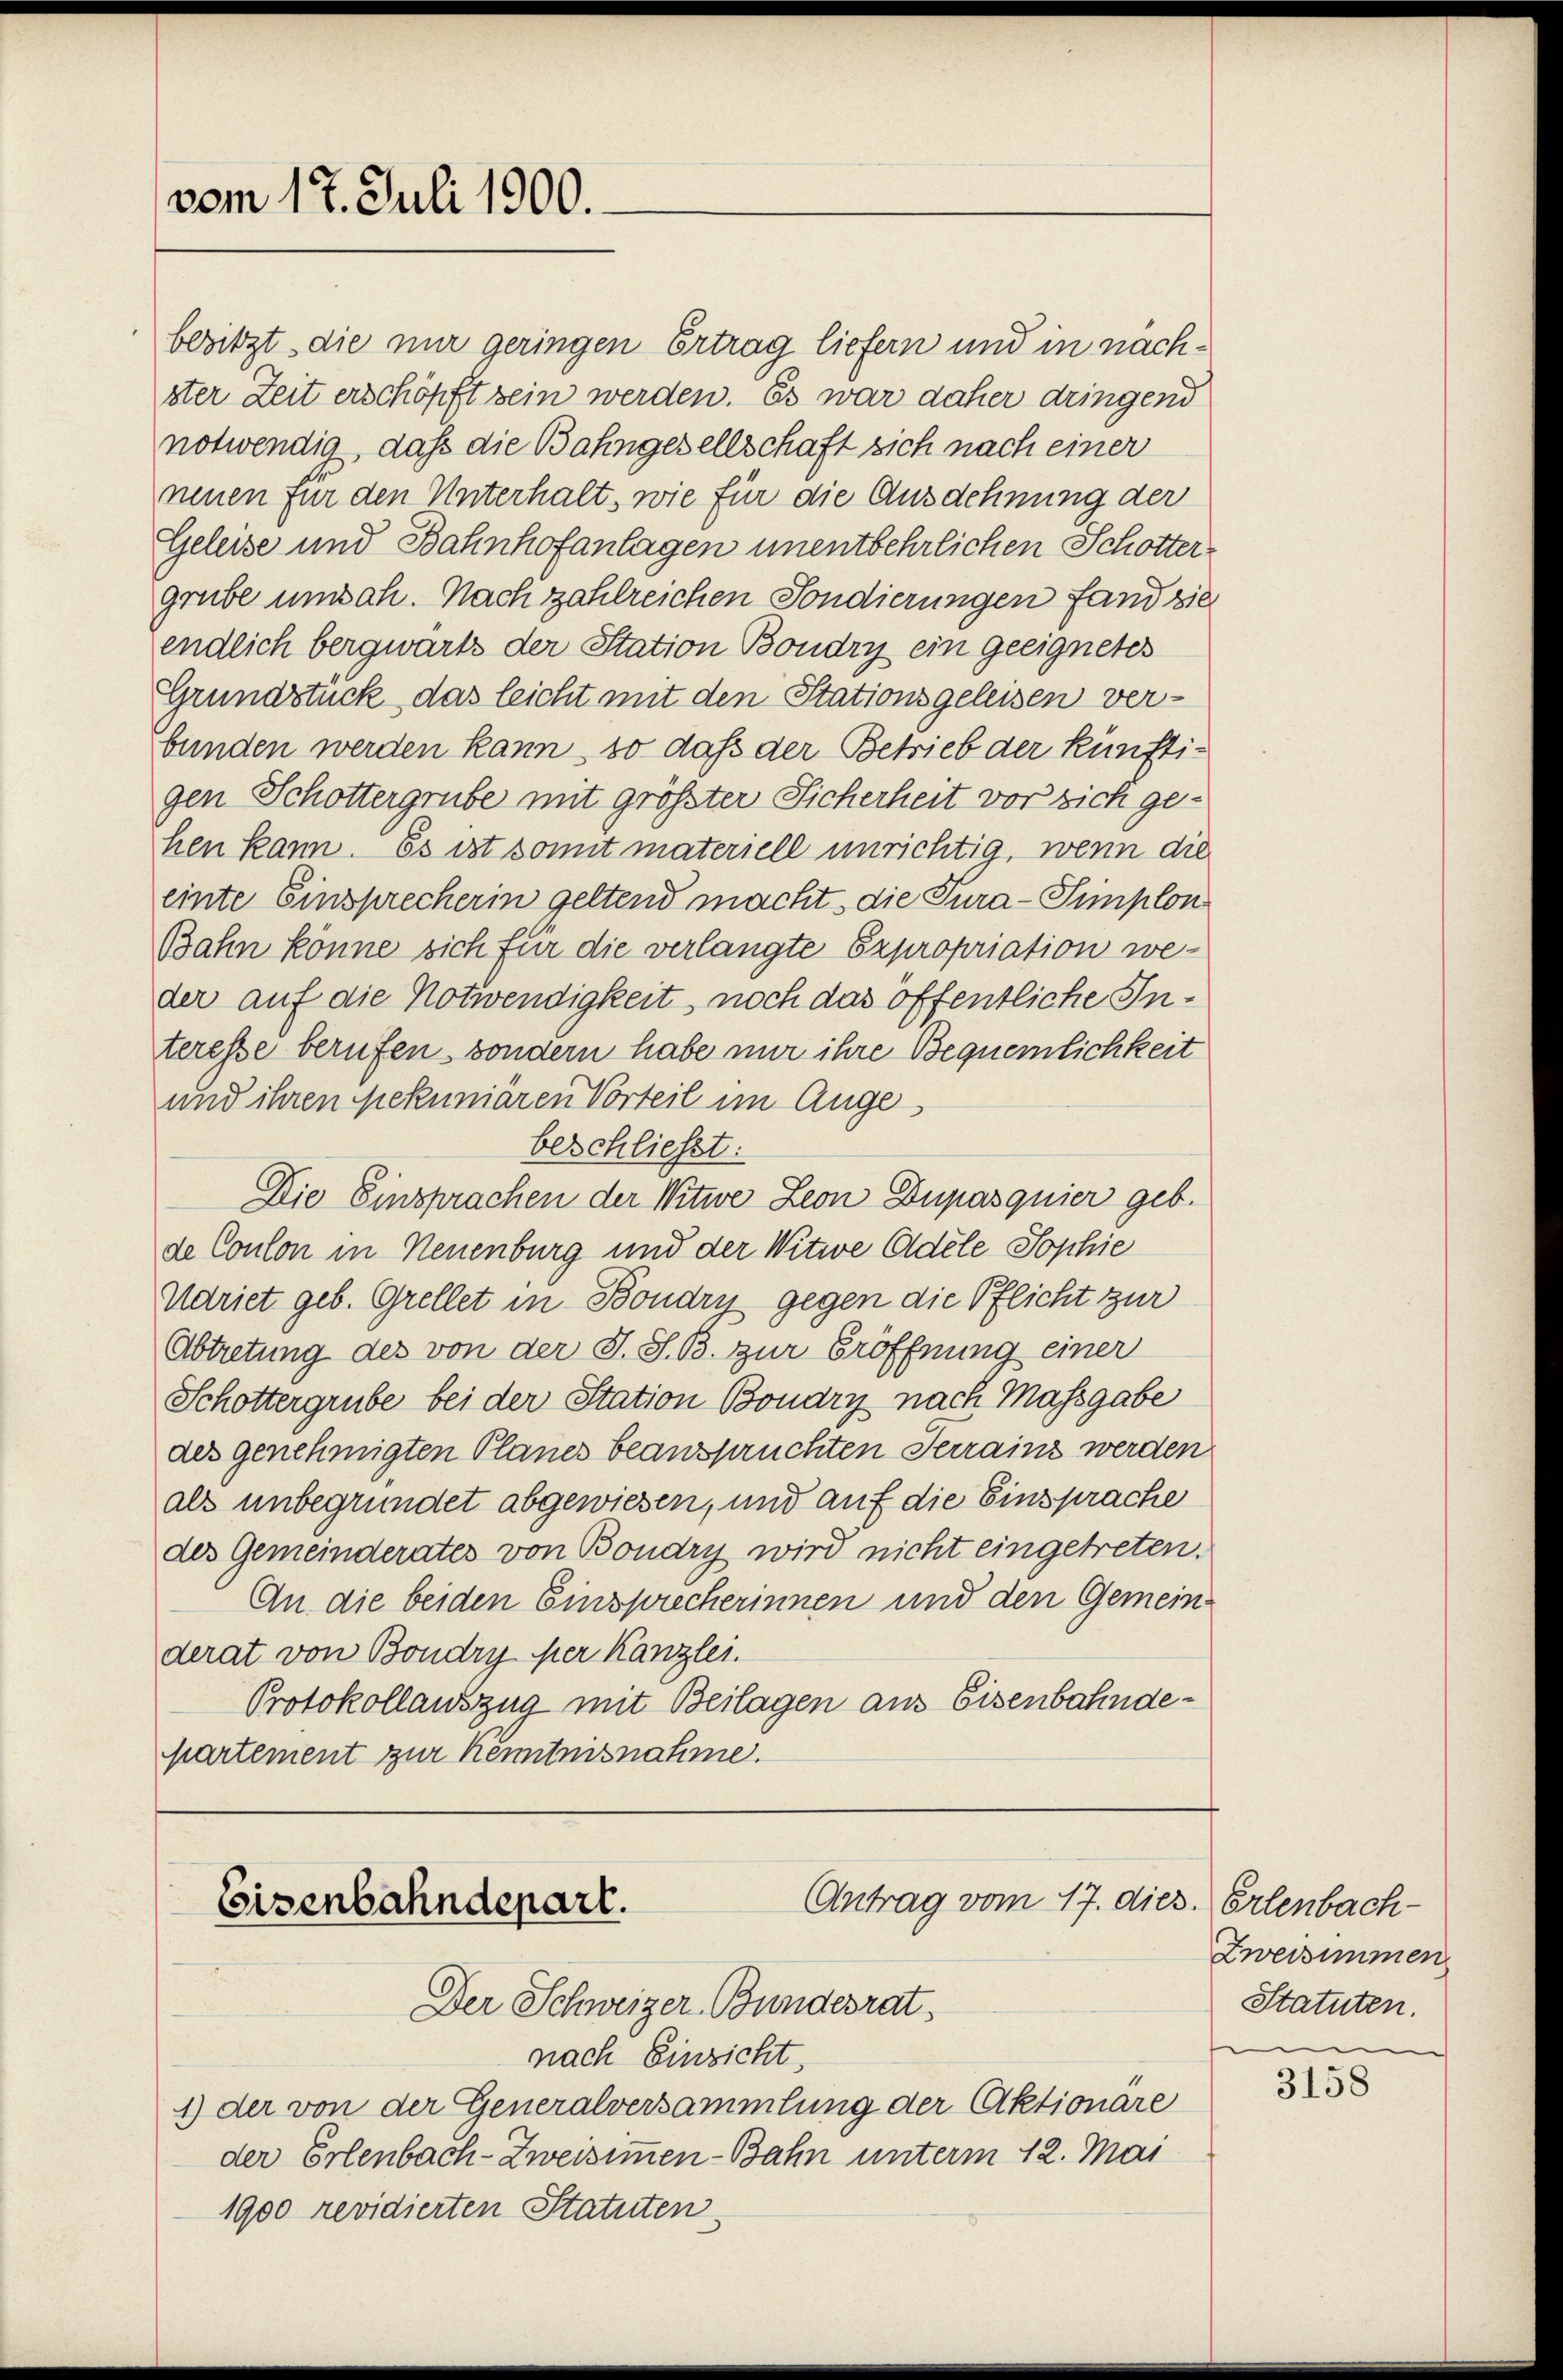
vom 17. Juli 1900.

besitzt, die nur geringen Ertrag liefern und in nachster Zeit erschöpft sein werden. Es war daher dringend
notwendig, daß die Bahngesellschaft sich nach einer
neuen für den Unterhalt, wie für die Ausdehnung der
Geleise und Bahnhofanlagen unentbehrlichen Schotter
grube umsah. Nach zahlreichen Sondierungen fand zie
endlich bergwärts der Station Boudry ein geeignetes
Grundstück das leicht mit den Stationsgeleisen ver-
bunden werden kann, so daß der Betrieb der künftigen Schottergrube mit größter Sicherheit vor sich gehen kann. Es ist somit materiell unrichtig, wenn die
einte Einsprecherin geltend macht, die Tura-Simplon
Bahn könne sich für die verlangte Expropriation weder auf die Notwendigkeit noch das öffentliche Interesse berufen, sondern habe mir ihre Bequemlichkeit
und ihren pekuniären Vorteil im Auge
beschliesst:
Die Einsprachen der Witwe Leon Dupasquier geb.
de Conton in Neuenburg und der Witwe Adele Sophie
Udriet geb. Grellet in Boudry gegen die Pflicht zur
Abtretung des von der S. S. B. zur Eröffnung einer
Schottergrube bei der Station Boudry nach Massgabe
des genehmigten Planes beanspruchten Terrainz werden
als unbegründet abgewiesen, und auf die Einsprache
des Gemeinderates von Boudry wird nicht eingetreten.
An die beiden Einsprecherinnen und den Gemeinderat von Boudry der Kanzlei.
Protokollauszug mit Beilagen aus Eisenbahnde¬
Martement zur Kenntnisnahme.

Antrag vom 17. dies. Erlenbach-
Eisenbahndepart.
Der Schweizer-Bundesrat

nach Einsicht,
1) der von der Generalversammlung der Aktionare
der Erlenbach-Zweisimmen-Bahn unterm 12. Mai
1900 revidierten Statuten

Zweisimmen
Statuten.

3158